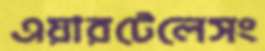
এয়ারটেলেসং